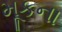
મૂકના